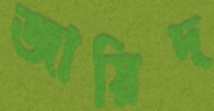
জায়িদ